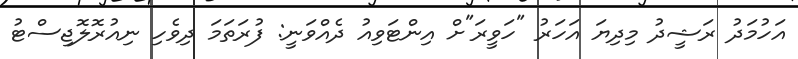
އަހުމަދު ރަޝީދު މިދިޔަ އަހަރު "ހަވީރަ"ށް އިންޓަވިއު ދެއްވަނީ: ފުރަތަމަ ދިވެހި ނިއުރޮލޮޖިސްޓު